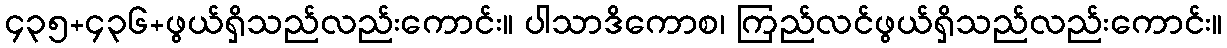
၄၃၅+၄၃၆+ဖွယ်ရှိသည်လည်းကောင်း။ ပါသာဒိကောစ၊ ကြည်လင်ဖွယ်ရှိသည်လည်းကောင်း။